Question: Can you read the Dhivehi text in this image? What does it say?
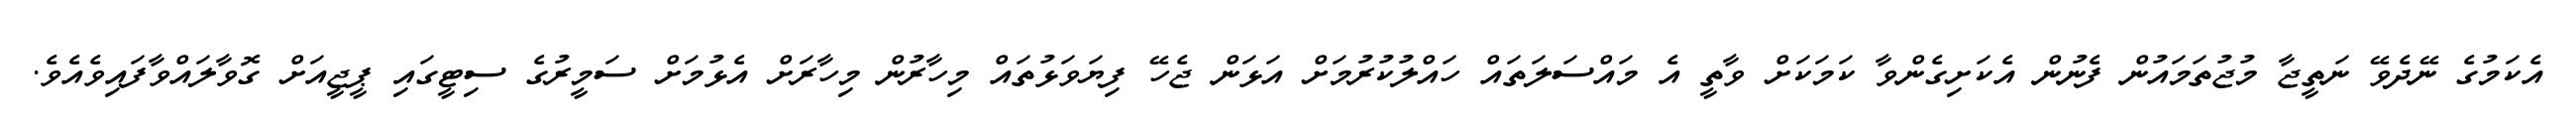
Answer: އެކަމުގެ ނޭދެވޭ ނަތީޖާ މުޖުތަމައުން ފެނުން އެކަށިގެންވާ ކަމަކަށް ވާތީ އެ މައްސަލަތައް ހައްލުކުރުމަށް އަޅަން ޖެހޭ ފިޔަވަޅުތައް މިހާރުން މިހާރަށް އެޅުމަށް ސަމީރުގެ ސިޓީގައި ޕީޖީއަށް ގޮވާލައްވާފައިވެއެވެ.